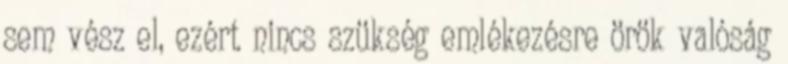
sem vész el, ezért nincs szükség emlékezésre örök valóság